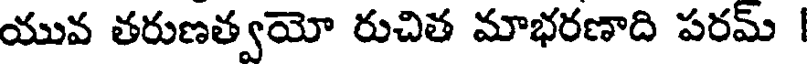
యువ తరుణత్వయో రుచిత మాభరణాది పరమ్